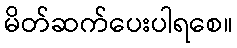
မိတ်ဆက်ပေးပါရစေ။